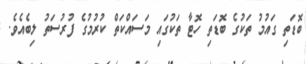
ބޮޑަތި ގައުމު ތަކުގެ ބޮޑަތި ހޮޓާ ތަކުގައި މަސައްކަތް ކުރުމުގެ ފުރުސަތު ލިބެއެވެ.